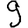
Digit: 9